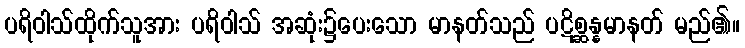
ပရိဝါသ်ထိုက်သူအား ပရိဝါသ် အဆုံး၌ပေးသော မာနတ်သည် ပဋိစ္ဆန္နမာနတ် မည်၏။